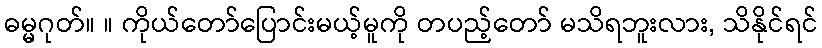
ဓမ္မဂုတ်။ ။ ကိုယ်တော်ပြောင်းမယ့်မူကို တပည့်တော် မသိရဘူးလား, သိနိုင်ရင်